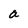
Character: a